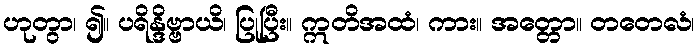
ဟုတွာ၊ ၍။ ပရိန္ဒိဗ္ဗာယိ၊ ပြုပြီး။ ဣတိအထံ၊ ကား။ အတ္တော။ တတေလံ၊